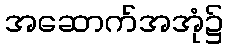
အဆောက်အအုံ၌